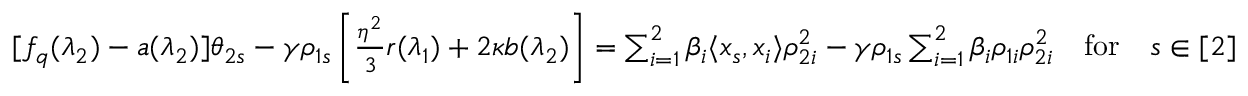
\begin{array} { r l } & { [ f _ { q } ( \lambda _ { 2 } ) - a ( \lambda _ { 2 } ) ] \theta _ { 2 s } - \gamma \rho _ { 1 s } \left[ \frac { \eta ^ { 2 } } { 3 } r ( \lambda _ { 1 } ) + 2 \kappa b ( \lambda _ { 2 } ) \right] = \sum _ { i = 1 } ^ { 2 } \beta _ { i } \langle x _ { s } , x _ { i } \rangle \rho _ { 2 i } ^ { 2 } - \gamma \rho _ { 1 s } \sum _ { i = 1 } ^ { 2 } \beta _ { i } \rho _ { 1 i } \rho _ { 2 i } ^ { 2 } \quad \mathrm { f o r } \quad s \in [ 2 ] } \end{array}